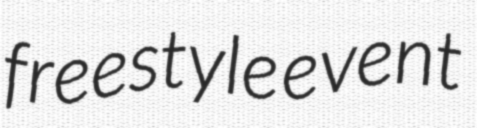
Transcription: freestyle event